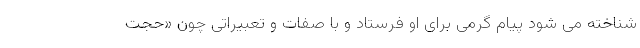
شناخته می شود پیام گرمی برای او فرستاد و با صفات و تعبیراتی چون «حجت